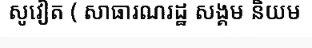
សូវៀត ( សាធារណរដ្ឋ សង្គម និយម